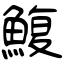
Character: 鰒